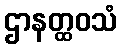
ဌာနတ္ထဝသံ